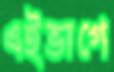
এইভাগে